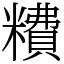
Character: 䊧